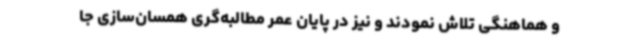
و هماهنگی تلاش نمودند و نیز در پایان عمر مطالبه‌گری همسان‌سازی جا